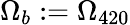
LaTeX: \Omega_{b}:=\Omega_{420}